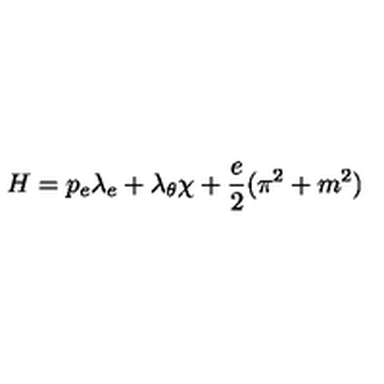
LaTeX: H = p _ { e } \lambda _ { e } + \lambda _ { \theta } \chi + \frac { e } { 2 } ( \pi ^ { 2 } + m ^ { 2 } )